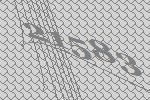
21583